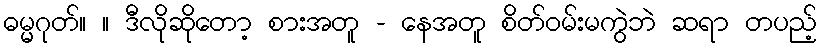
ဓမ္မဂုတ်။ ။ ဒီလိုဆိုတော့ စားအတူ - နေအတူ စိတ်ဝမ်းမကွဲဘဲ ဆရာ တပည့်